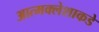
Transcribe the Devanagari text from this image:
आत्मक्लेशाकडे